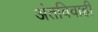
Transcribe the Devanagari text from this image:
अंतविवाही